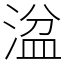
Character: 湓